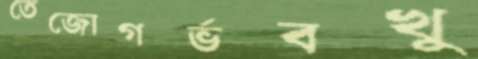
তেজোগর্ভবখু